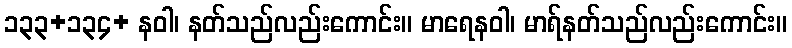
၁၃၃+၁၃၄+ နဝါ၊ နတ်သည်လည်းကောင်း။ မာရေနဝါ၊ မာရ်နတ်သည်လည်းကောင်း။